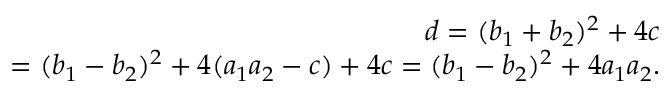
\begin{array} { r } { d = ( b _ { 1 } + b _ { 2 } ) ^ { 2 } + 4 c } \\ { = ( b _ { 1 } - b _ { 2 } ) ^ { 2 } + 4 ( a _ { 1 } a _ { 2 } - c ) + 4 c = ( b _ { 1 } - b _ { 2 } ) ^ { 2 } + 4 a _ { 1 } a _ { 2 } . } \end{array}